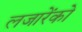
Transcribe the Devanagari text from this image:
लजारेंको